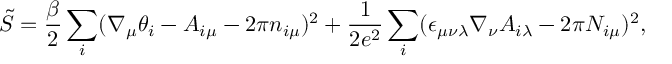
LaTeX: \tilde { S } = \frac { \beta } { 2 } \sum _ { i } ( \nabla _ { \mu } \theta _ { i } - A _ { i \mu } - 2 \pi n _ { i \mu } ) ^ { 2 } + \frac { 1 } { 2 e ^ { 2 } } \sum _ { i } ( \epsilon _ { \mu \nu \lambda } \nabla _ { \nu } A _ { i \lambda } - 2 \pi N _ { i \mu } ) ^ { 2 } ,